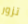
تزور